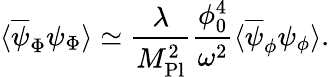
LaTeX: \langle\overline{{{\psi}}}_{\Phi}\psi_{\Phi}\rangle\simeq\frac{\lambda}{M_{\mathrm{Pl}}^{2}}\frac{\phi_{0}^{4}}{\omega^{2}}\langle\overline{{{\psi}}}_{\phi}\psi_{\phi}\rangle.